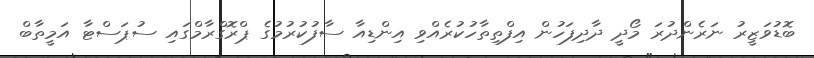
ބޮޑުވަޒީރު ނަރެންދުރަ މޯދީ ދާދިފަހުން އިފްތިތާހުކުރެއްވި އިންޑިއާ ސާފުކުރުމުގެ ޕްރޮގްރާމްގައި ސުޕަސްޓާ އަމީތާބް